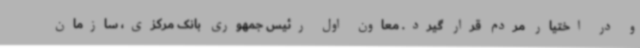
و در اختیار مردم قرار گیرد. معاون اول رئیس جمهوری بانک مرکزی، سازمان